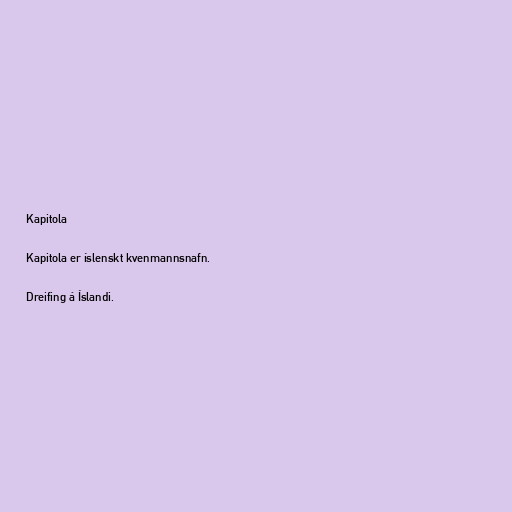
Kapitola

Kapitola er íslenskt kvenmannsnafn.

Dreifing á Íslandi.